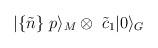
LaTeX: \begin{align*}|\{ \tilde{n} \}\; p\rangle_M \otimes\; \tilde{c}_1|0\rangle_G\end{align*}